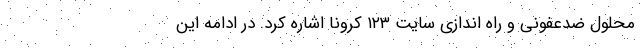
محلول ضدعفونی و راه ‌اندازی سایت ۱۲۳ کرونا اشاره کرد. در ادامه این